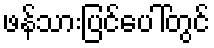
ဖန်သားပြင်ပေါ်တွင်